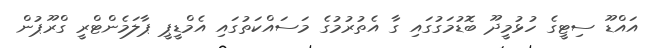
އައްޑޫ ސިޓީގެ ހުޅުމީދޫ ބޮޑުމަގުގައި ގާ އެތުރުމުގެ މަސައްކަތުގައި އެމްޑީޕީ ޕާލަމެންޓްރީ ގްރޫޕުން